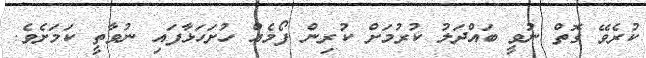
ކުރެވޭ ގޮތް ނުވީ ބައްދަލު ކުރުމަށް ކުރިން ފޯމެއް ހުށަހަޅާފައި ނުވާތީ ކަމަށެވެ.